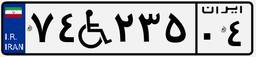
۷۴W۲۳۵۰۴